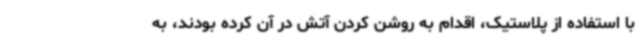
با استفاده از پلاستیک، اقدام به روشن کردن آتش در آن کرده بودند، به